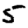
Digit: 5